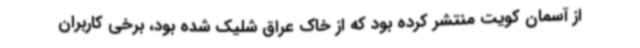
از آسمان کویت منتشر کرده بود که از خاک عراق شلیک شده بود، برخی کاربران